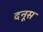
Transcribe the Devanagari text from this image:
दनूस